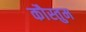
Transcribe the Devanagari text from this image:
कौस्तुम